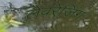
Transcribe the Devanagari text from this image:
लेवरेजिंग